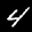
Label: 4